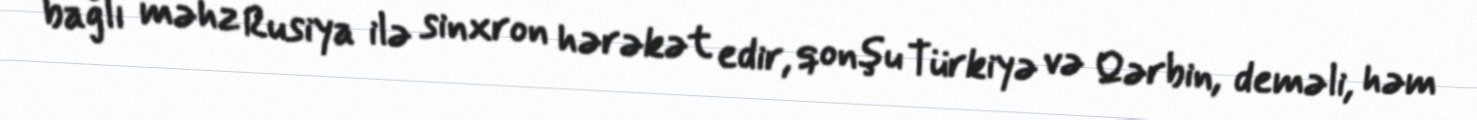
bağlı məhz Rusiya ilə sinxron hərəkət edir, qonşu Türkiyə və Qərbin, deməli, həm